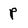
Character: p